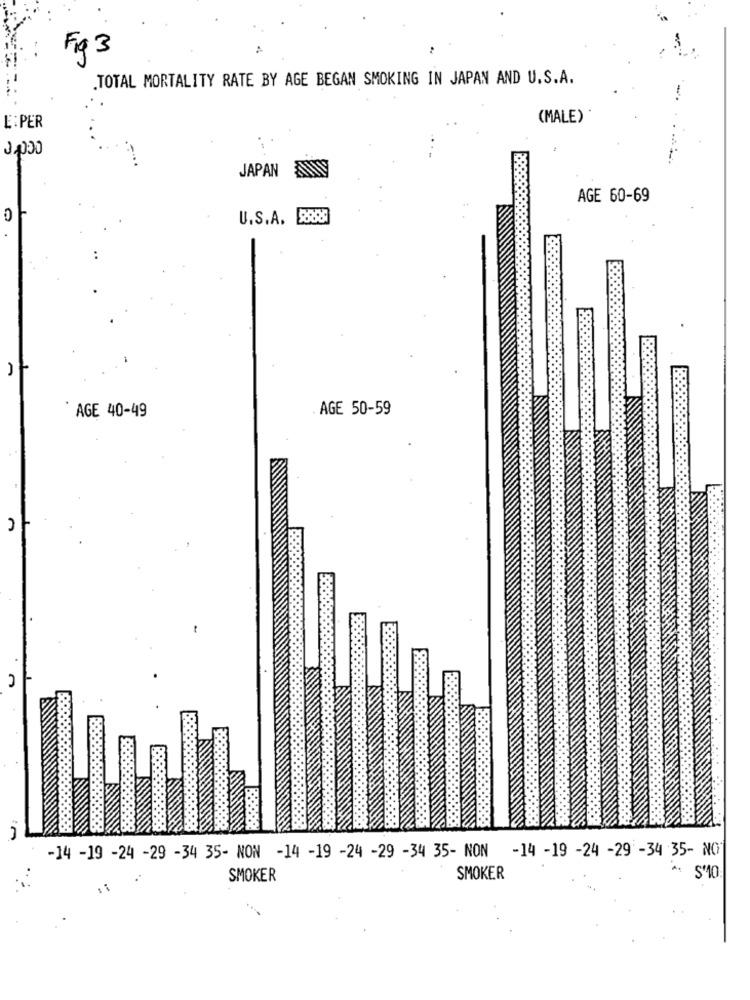
Fig 3
.TOTAL MORTALITY RATE BY AGE BEGAN SMOKING IN JAPAN AND U.S.A.
-
(MALE)
E :PER
1,000
JAPAN ANNY
AGE 60-69
U.S.A. RRRR
AGE 40-49
AGE 50-59
-14 -19 -24 -29 -34 35- NON -14 -19 -24 -29 -34 35- NON -14 -19 -24 -29 -34 35- NO
A. $10
SMOKER
SMOKER